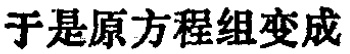
于是原方程组变成